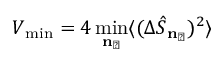
V _ { \mathrm { m i n } } = 4 \operatorname* { m i n } _ { \mathbf { n } _ { \perp } } \langle ( \Delta \hat { S } _ { \mathbf { n } _ { \perp } } ) ^ { 2 } \rangle